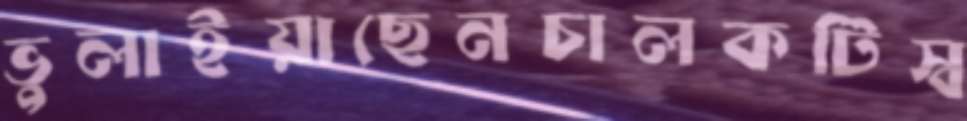
ভুলাইয়াছেনচালকটিস্ব